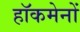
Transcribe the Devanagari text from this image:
हाॅकमेनों